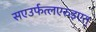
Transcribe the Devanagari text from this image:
सएउर्फत्लएरुइएत्